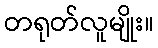
တရုတ်လူမျိုး။